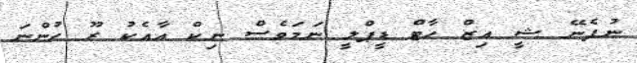
ނުފެނޭ ޝީ އިޒް ހާޓް ޑީޕްލީ ނަމަވެސް ނިކް އާއެކު ރޫ ހުންނަ